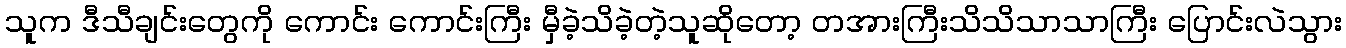
သူက ဒီသီချင်းတွေကို ကောင်း ကောင်းကြီး မှီခဲ့သိခဲ့တဲ့သူဆိုတော့ တအားကြီးသိသိသာသာကြီး ပြောင်းလဲသွား